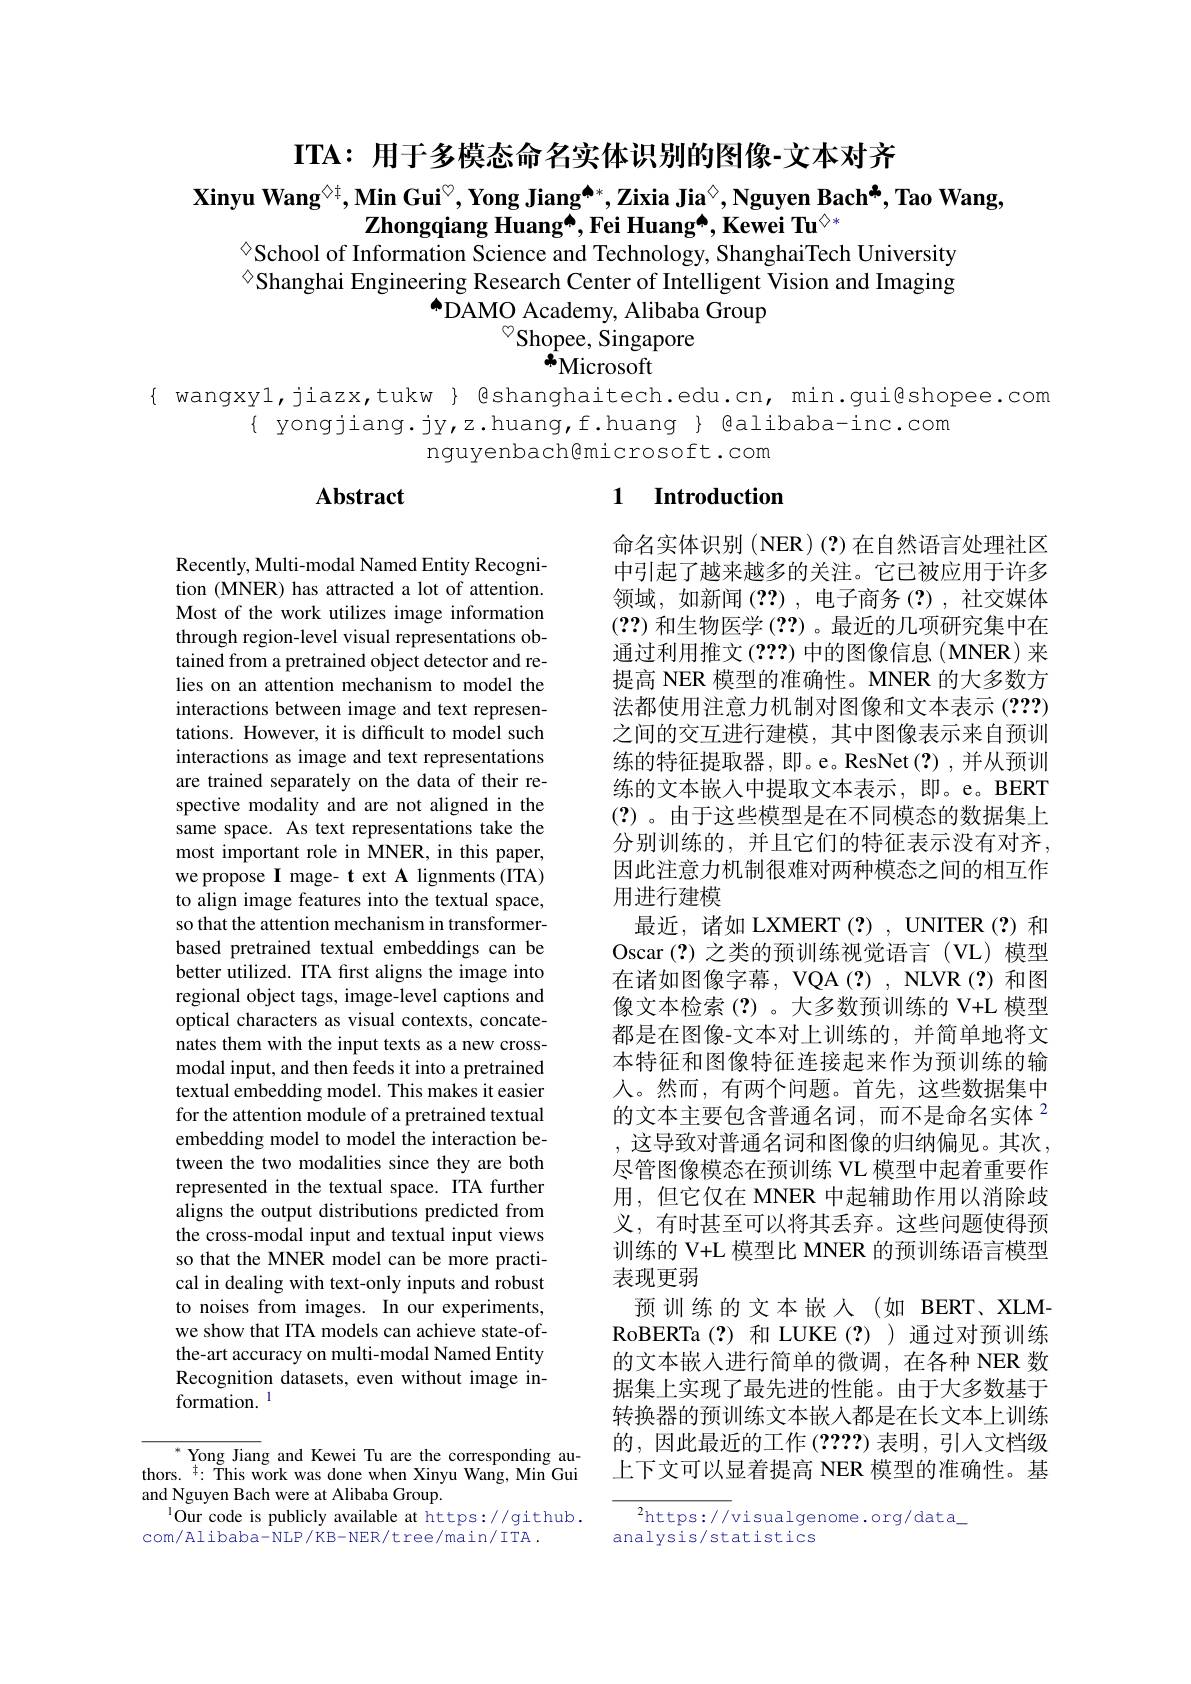
$\mathbf{ITA:~}$用于多模态命名实体识别的图像-文本对齐

Xinyu Wang$^{\Diamond\ddagger}$,Min Gui$^{\circ},\textbf{Yong Jiang}^{\spadesuit*},\text{Zixia Jia}^{\diamondsuit},\textbf{Nguyen Bach}^{\clubsuit}$,Tao Wang,
$\mathbf{Z} \text{hongqiang Huang}^{\spadesuit }$,Fei Huang$^\spadesuit,\textbf{Kewei Tu}^{\diamondsuit*}$
$^{\textcircled{\circ}}$School of Information Science and Technology, ShanghaiTech University

$^{\textcircled{\circ}}$Shanghai Engineering Research Center of Intelligent Vision and Imaging
$\bar{\text{DAMO Academy, Alibaba Group}}$
$^{\circ}$Shopee, Singapore
$^{*}$Microsoft

{ wangxyl,jiazx,tukw } @shanghaitech.edu.cn, min.gui@shopee.com
{ yongjiang. jy,z.huang, f.huang } galibaba- inc. com
nguyenbach@microsoft.com

## $\mathbf{Abstract}$

# 1 Introduction

Recently, Multi-modal Named Entity Recognition (MNER) has attracted a lot of attention. Most of the work utilizes image information through region-level visual representations obtained from a pretrained object detector and relies on an attention mechanism to model the interactions between image and text representations. However, it is difficult to model such interactions as image and text representations are trained separately on the data of their respective modality and are not aligned in the same space. As text representations take the most important role in MNER, in this paper, we propose I mage- t ext A lignments (ITA) to align image features into the textual space, so that the attention mechanism in transformerbased pretrained textual embeddings can be better utilized. ITA first aligns the image into regional object tags, image-level captions and optical characters as visual contexts, concatenates them with the input texts as a new crossmodal input, and then feeds it into a pretrained textual embedding model. This makes it easier for the attention module of a pretrained textual embedding model to model the interaction between the two modalities since they are both represented in the textual space. ITA further aligns the output distributions predicted from the cross-modal input and textual input views so that the MNER model can be more practical in dealing with text-only inputs and robust to noises from images. In our experiments, we show that ITA models can achieve state-ofthe-art accuracy on multi-modal Named Entity Recognition datasets, even without image information. l

命名实体识别(NER)(?)在自然语言处理社区中引起了越来越多的关注。它已被应用于许多领域，如新闻(??),电子商务(?),社交媒体(??)和生物医学(??) 。最近的几项研究集中在通过利用推文(???)中的图像信息(MNER)来提高 NER 模型的准确性。MNER 的大多数方法都使用注意力机制对图像和文本表示 (???) 之间的交互进行建模，其中图像表示来自预训练的特征提取器，即。e。ResNet(?),并从预训练的文本嵌人中提取文本表示，即。e。BERT (?)。由于这些模型是在不同模态的数据集上分别训练的，并且它们的特征表示没有对齐， 因此注意力机制很难对两种模态之间的相互作用进行建模
最近，诸如 LXMERT(?), UNITER(?)和Oscar (?)之类的预训练视觉语言 (VL)模型在诸如图像字幕，VQA(?), NLVR(?)和图像文本检索(?)。大多数预训练的 V+L 模型都是在图像-文本对上训练的，并简单地将文本特征和图像特征连接起来作为预训练的输人。然而，有两个问题。首先，这些数据集中的文本主要包含普通名词，而不是命名实体$^{2}$ , 这导致对普通名词和图像的归纳偏见。其次， 尽管图像模态在预训练 VL 模型中起着重要作用，但它仅在 MNER 中起辅助作用以消除歧义，有时甚至可以将其丢弃。这些问题使得预训练的 V+L 模型比 MNER 的预训练语言模型表现更弱
预训练的文本嵌人(如 BERT、XLMRoBERTa(?) 和 LUKE(?))通过对预训练的文本嵌人进行简单的微调，在各种 NER 数据集上实现了最先进的性能。由于大多数基于转换器的预训练文本嵌入都是在长文本上训练的，因此最近的工作(????)表明，引入文档级上下文可以显着提高 NER 模型的准确性。基

${^*}\underset{+}{\operatorname*{\operatorname*{\mathrm{Yong~Jiang~and~Kewei~Tu~are~the~corresponding~au-}}}}$ thors. $^{\dagger}:$ This work was done when Xinyu Wang, Min Gui and Nguyen Bach were at Alibaba Group.
$^{1}$Our code is publicly available at https://github.
com/Alibaba-NLP/KB-NER/tree/main/TTA.

$^2$https://visualgenome.org/data\_
analysis/statistics